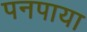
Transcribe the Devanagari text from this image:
पनपाया